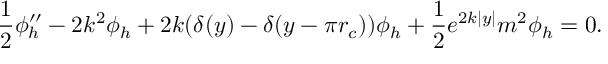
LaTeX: \frac { 1 } { 2 } \phi _ { h } ^ { \prime \prime } - 2 k ^ { 2 } \phi _ { h } + 2 k ( \delta ( y ) - \delta ( y - \pi r _ { c } ) ) \phi _ { h } + \frac { 1 } { 2 } e ^ { 2 k | y | } m ^ { 2 } \phi _ { h } = 0 .